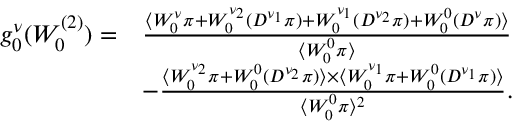
\begin{array} { r l } { g _ { 0 } ^ { \nu } ( W _ { 0 } ^ { ( 2 ) } ) = } & { \frac { \langle W _ { 0 } ^ { \nu } \pi + W _ { 0 } ^ { \nu _ { 2 } } ( D ^ { \nu _ { 1 } } \pi ) + W _ { 0 } ^ { \nu _ { 1 } } ( D ^ { \nu _ { 2 } } \pi ) + W _ { 0 } ^ { 0 } ( D ^ { \nu } \pi ) \rangle } { \langle W _ { 0 } ^ { 0 } \pi \rangle } } \\ & { - \frac { \langle W _ { 0 } ^ { \nu _ { 2 } } \pi + W _ { 0 } ^ { 0 } ( D ^ { \nu _ { 2 } } \pi ) \rangle \times \langle W _ { 0 } ^ { \nu _ { 1 } } \pi + W _ { 0 } ^ { 0 } ( D ^ { \nu _ { 1 } } \pi ) \rangle } { \langle W _ { 0 } ^ { 0 } \pi \rangle ^ { 2 } } . } \end{array}